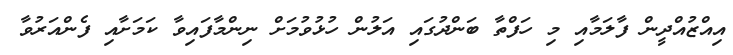
އިއްޒުއްދީން ފާލަމާއި މި ހަފްތާ ބަންދުގައި އަލުން ހުޅުވުމަށް ނިންމާފައިވާ ކަމަށާއި ފެންއަރުވާ